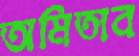
অমিতাব